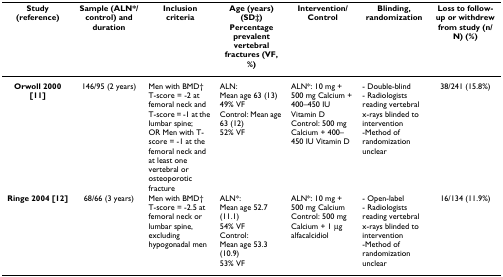
| Study (reference) | Sample (ALN*/ control) and duration | Inclusion criteria | Age (years) (SD‡) Percentage prevalent vertebral fractures (VF, %) | Intervention/ Control | Blinding, randomization | Loss to follow-up or withdrew from study (n/N) (%) |
 | --- | --- | --- | --- | --- | --- | --- |
 | Orwoll 2000 [11] | 146/95 (2 years) | Men with BMD† T-score = -2 at femoral neck and T-score = -1 at the lumbar spine;OR Men with T-score = -1 at the femoral neck and at least one vertebral or osteoporotic fracture | ALN:Mean age 63 (13)49% VFControl: Mean age 63 (12)52% VF | ALN*: 10 mg + 500 mg Calcium + 400–450 IU Vitamin DControl: 500 mg Calcium + 400–450 IU Vitamin D | - Double-blind- Radiologists reading vertebral x-rays blinded to intervention-Method of randomization unclear | 38/241 (15.8%) |
 | Ringe 2004 [12] | 68/66 (3 years) | Men with BMD† T-score = -2.5 at femoral neck or lumbar spine, excluding hypogonadal men | ALN*:Mean age 52.7 (11.1)54% VFControl:Mean age 53.3 (10.9)53% VF | ALN*: 10 mg + 500 mg Calcium Control: 500 mg Calcium + 1 μg alfacalcidiol | - Open-label- Radiologists reading vertebral x-rays blinded to intervention-Method of randomization unclear | 16/134 (11.9%) |